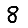
Digit: 8